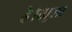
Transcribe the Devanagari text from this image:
है।खुला